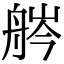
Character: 𦨽